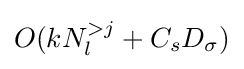
O(kN_{l}^{>j}+C_{s}D_{\sigma })